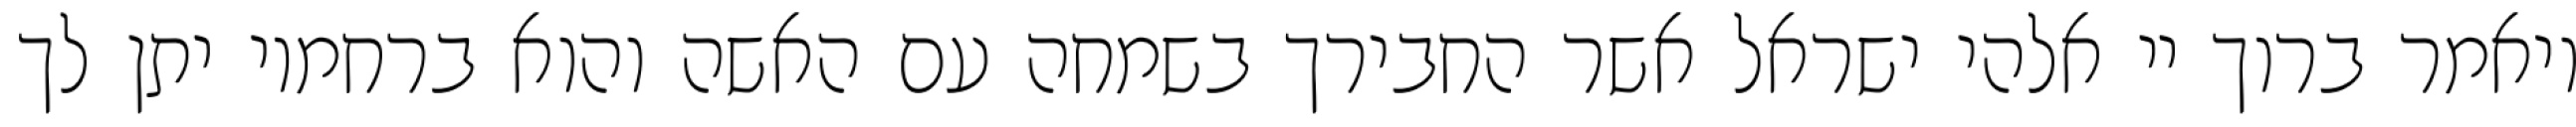
ויאמר ברוך יי אלהי ישראל אשר החבירך בשמחה עם האשה והוא ברחמיו יתן לך